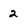
Character: 2